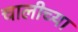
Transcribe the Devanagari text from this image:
चालीच्या